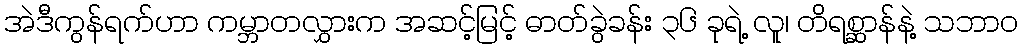
အဲဒီကွန်ရက်ဟာ ကမ္ဘာတလွှားက အဆင့်မြင့် ဓာတ်ခွဲခန်း ၃၆ ခုရဲ့ လူ၊ တိရစ္ဆာန်နဲ့ သဘာဝ